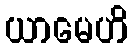
ယာမေဟိ